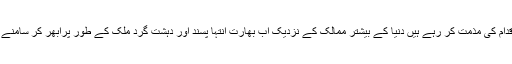
بھارت کے آزاد و جمہوریت پسند عناصر اس اقدام کی مذمت کر رہے ہیں دنیا کے بیشتر ممالک کے نزدیک اب بھارت انتہا پسند اور دہشت گرد ملک کے طور پرابھر کر سامنے آرہا ہے، جبکہ پاکستان کا امیج بہتر ہورہا ہے۔